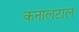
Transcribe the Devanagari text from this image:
कनालटाल